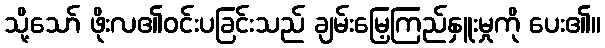
သို့သော် ဖိုးလ၏ဝင်းပခြင်းသည် ချမ်းမြေ့ကြည်နှူးမှုကို ပေး၏။